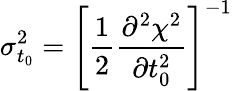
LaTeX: \sigma_{t_{0}}^{2}=\left[\frac{1}{2}\frac{\partial^{2}\chi^{2}}{\partial t_{0}^{2}}\right]^{-1}